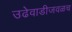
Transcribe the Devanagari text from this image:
उढेवाडीजवळच